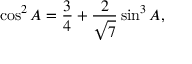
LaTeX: \cos ^ { 2 } A = { \frac { 3 } { 4 } } + { \frac { 2 } { \sqrt { 7 } } } \sin ^ { 3 } A ,